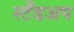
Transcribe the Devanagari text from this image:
स्टँडअप